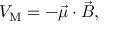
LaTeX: V _ { \mathrm { { M } } } = - { \vec { \mu } } \cdot { \vec { B } } ,